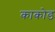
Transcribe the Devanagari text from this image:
काकोड